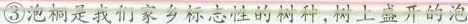
③泡桐花是我们家乡标忐性的树种,树上盛开的泡